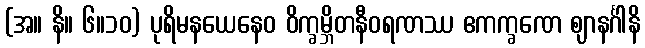
(အ။ နိ။ ၆။၁၀) ပုရိမနယေနေဝ ဝိက္ခမ္ဘိတနီဝရဏဿ ဧကက္ခဏေ ဈာနင်္ဂါနိ